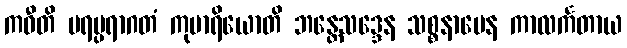
ကဝီတိ ပရမ္ပရာဂတံ ကုမာရိယောတိ ဘန္တေသဒ္ဒေန သစ္စနာမေန ကာလင်္ကတာယ